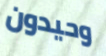
وحيدون